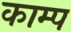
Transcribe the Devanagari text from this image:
काम्प